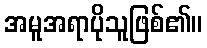
အမူအရာပိုသူဖြစ်၏။